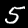
Digit: 5